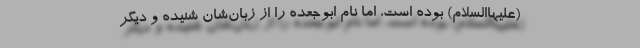
(علیهاالسلام) بوده است، اما نام ابوجعده را از زبان‌شان شنیده و دیگر